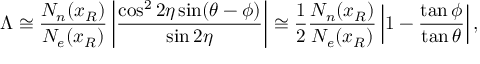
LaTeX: \Lambda \cong \frac { N _ { n } ( x _ { R } ) } { N _ { e } ( x _ { R } ) } \left| \frac { \cos ^ { 2 } 2 \eta \sin ( \theta - \phi ) } { \sin 2 \eta } \right| \cong \frac { 1 } { 2 } \frac { N _ { n } ( x _ { R } ) } { N _ { e } ( x _ { R } ) } \left| 1 - \frac { \tan \phi } { \tan \theta } \right| ,